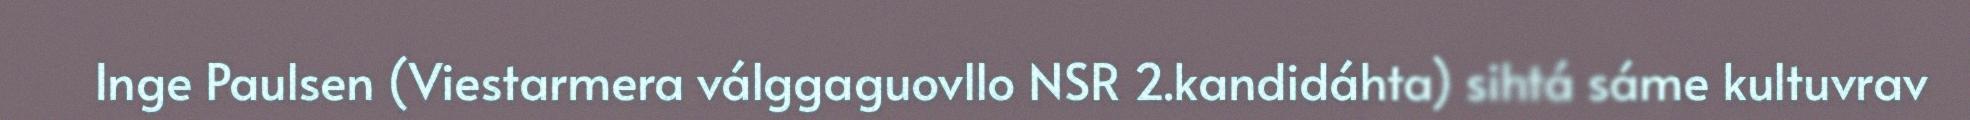
Inge Paulsen (Viestarmera válggaguovllo NSR 2.kandidáhta) sihtá sáme kultuvrav